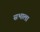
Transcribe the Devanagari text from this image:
सभाला